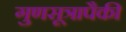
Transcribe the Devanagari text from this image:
गुणसूत्रापैकी